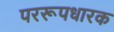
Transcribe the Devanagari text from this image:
पररूपधारक